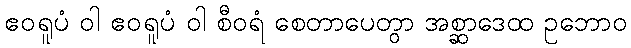
ဧဝရူပံ ဝါ ဧဝရူပံ ဝါ စီဝရံ စေတာပေတွာ အစ္ဆာဒေထ ဥဘောဝ